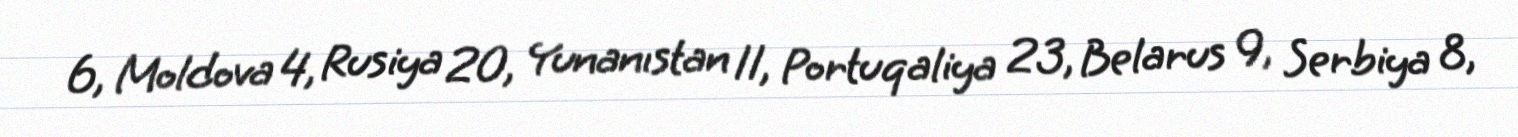
6, Moldova 4, Rusiya 20, Yunanıstan 11, Portuqaliya 23, Belarus 9, Serbiya 8,